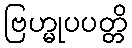
ဗြဟ္မုပပတ္တိ